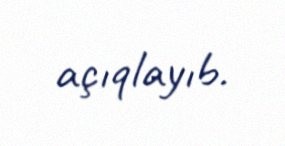
açıqlayıb.